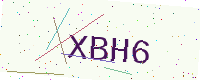
Text: XBH6